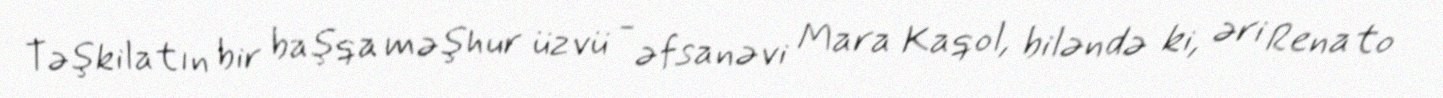
Təşkilatın bir başqa məşhur üzvü - əfsanəvi Mara Kaqol, biləndə ki, əri Renato